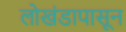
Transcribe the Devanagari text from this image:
लाेखंडापासून